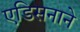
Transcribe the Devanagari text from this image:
एडिसनाने